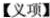
【义项】